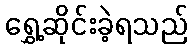
ရွှေ့ဆိုင်းခဲ့ရသည်